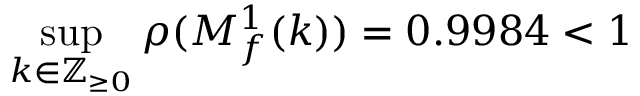
\operatorname* { s u p } _ { k \in \mathbb { Z } _ { \geq 0 } } \rho ( M _ { f } ^ { 1 } ( k ) ) = 0 . 9 9 8 4 < 1